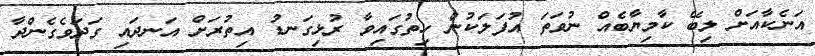
އަނެކާއަށް ލިބޭ ކާމިޔާބެއް ނުވަތަ އުފަލަކުން ހިތުގައިވާ ރުޅިގަނޑު އިތުރަށް އަނދައި ގަދަވެގެންދާ